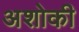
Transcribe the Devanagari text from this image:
अशोकी